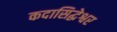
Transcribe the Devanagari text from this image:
कदासिद्धेश्वर